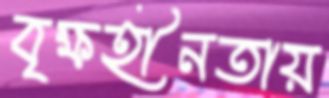
বৃক্ষহীনতায়